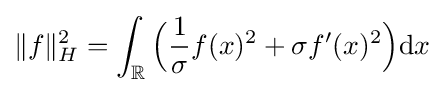
\|f\|_{H}^{2}=\int _{\mathbb {R} }{\Big (}{\frac {1}{\sigma }}f(x)^{2}+\sigma f'(x)^{2}{\Big )}\mathrm {d} x